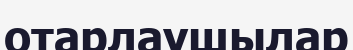
отарлаушылар